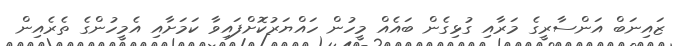
ޒައިނަބް އަންސާރީގެ މަރާއި ގުޅިގެން ބައެއް މީހުން ހައްޔަރުކޮށްފައިވާ ކަމަށާއި އެމީހުންގެ ތެރެއިން